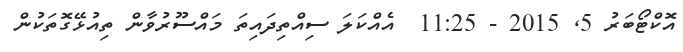
އޮކްޓޯބަރު 5